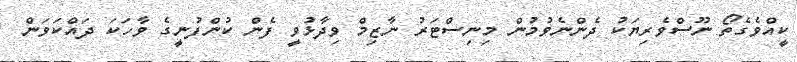
ކީއްވެގެތޯ ނޫސްވެރިޔަކު ދެންނެވުމުން މިނިސްޓަރު ނާޒިމް ވިދާޅުވީ ފެން ކުންފުނީގެ ވާހަކަ ދައްކަވަން